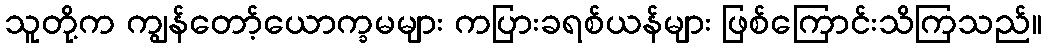
သူတို့က ကျွန်တော့်ယောက္ခမများ ကပြားခရစ်ယန်များ ဖြစ်ကြောင်းသိကြသည်။